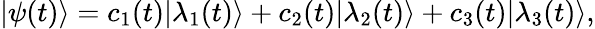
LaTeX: |\psi(t)\rangle=c_{1}(t)|\lambda_{1}(t)\rangle+c_{2}(t)|\lambda_{2}(t)\rangle+c_{3}(t)|\lambda_{3}(t)\rangle,